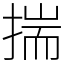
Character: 揣